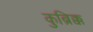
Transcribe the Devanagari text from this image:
कुब्रिक्क